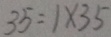
3 5 = 1 \times 3 5